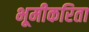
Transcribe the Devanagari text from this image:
भूमीकरिता